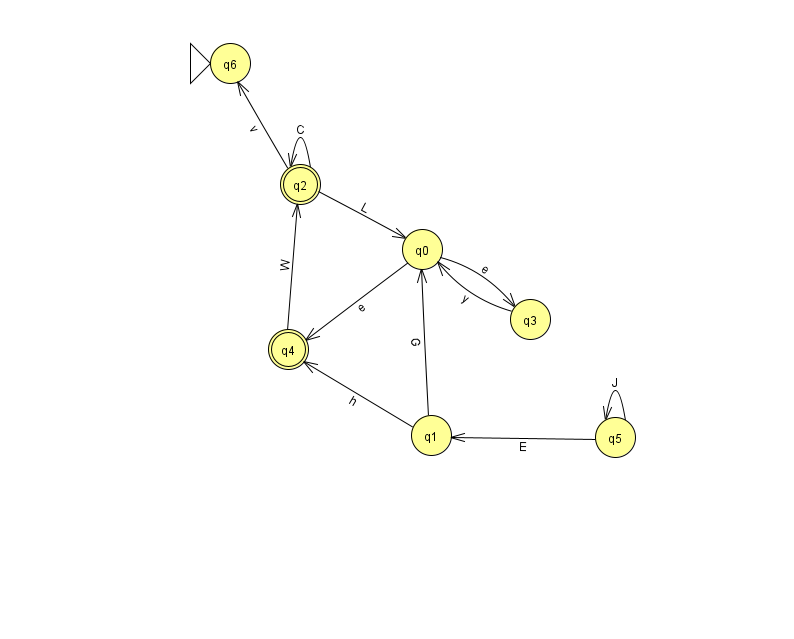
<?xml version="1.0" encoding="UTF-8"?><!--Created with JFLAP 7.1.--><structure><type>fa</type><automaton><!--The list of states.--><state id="0" name="q0"><x>422.0</x><y>236.0</y></state><state id="1" name="q1"><x>431.0</x><y>422.0</y></state><state id="2" name="q2"><x>300.0</x><y>171.0</y><final/></state><state id="3" name="q3"><x>530.0</x><y>306.0</y></state><state id="4" name="q4"><x>288.0</x><y>336.0</y><final/></state><state id="5" name="q5"><x>615.0</x><y>424.0</y></state><state id="6" name="q6"><x>230.0</x><y>50.0</y><initial/></state><!--The list of transitions.--><transition><from>2</from><to>0</to><read>L</read></transition><transition><from>0</from><to>3</to><read>e</read></transition><transition><from>4</from><to>2</to><read>W</read></transition><transition><from>2</from><to>2</to><read>C</read></transition><transition><from>5</from><to>1</to><read>E</read></transition><transition><from>1</from><to>4</to><read>h</read></transition><transition><from>5</from><to>5</to><read>J</read></transition><transition><from>2</from><to>6</to><read>v</read></transition><transition><from>0</from><to>4</to><read>e</read></transition><transition><from>1</from><to>0</to><read>G</read></transition><transition><from>3</from><to>0</to><read>y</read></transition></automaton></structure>